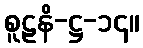
စူဠနိ-ဋ္ဌ-၁၄။